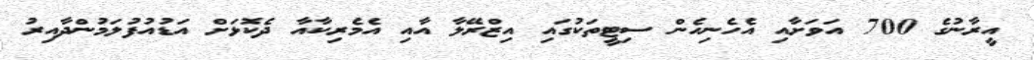
އީރާނުގެ 700 އަވަށާއި އެހެނިހެން ސިޓީތަކުގައި އިޒްރޭލާ އާއި އެމެރިކާއާ ދެކޮޅަށް އަޑުއުފުލަމުންދާއިރު